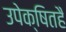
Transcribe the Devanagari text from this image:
उपेक्षितहै